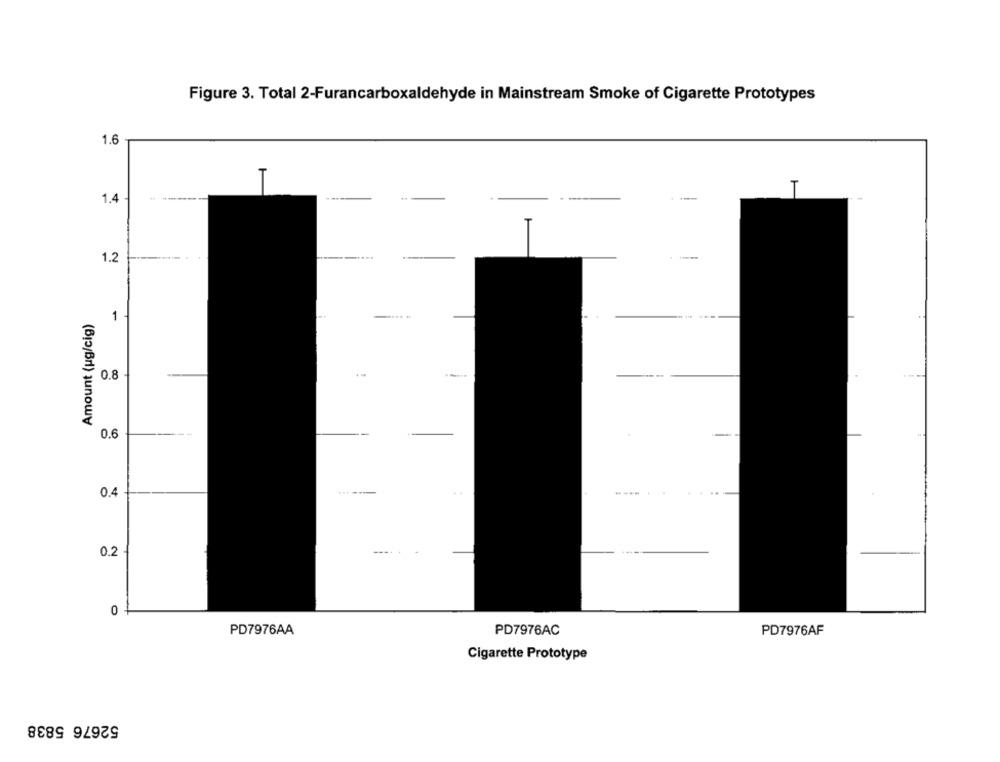
Figure 3. Total 2-Furancarboxaldehyde in Mainstream Smoke of Cigarette Prototypes
1.6
-
T
1.4
1.2
Amount (ug/cig)
1
0.8
0.6
0.4
0.2
0
PD7976AA
PD7976AC
PD7976AF
Cigarette Prototype
52676 5838